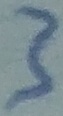
Text: 3